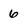
Character: 6